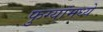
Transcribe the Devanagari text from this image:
फुग्यांमध्ये